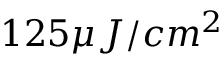
1 2 5 \mu J / c m ^ { 2 }